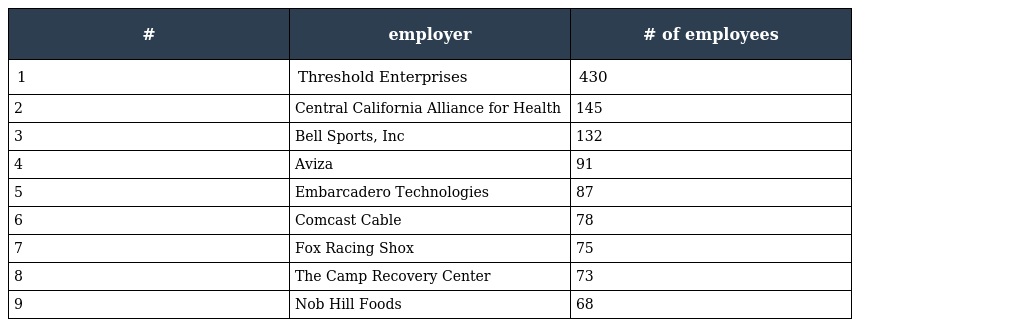
| # | employer | # of employees |
 | --- | --- | --- |
 | 1 | Threshold Enterprises | 430 |
 | 2 | Central California Alliance for Health | 145 |
 | 3 | Bell Sports, Inc | 132 |
 | 4 | Aviza | 91 |
 | 5 | Embarcadero Technologies | 87 |
 | 6 | Comcast Cable | 78 |
 | 7 | Fox Racing Shox | 75 |
 | 8 | The Camp Recovery Center | 73 |
 | 9 | Nob Hill Foods | 68 |